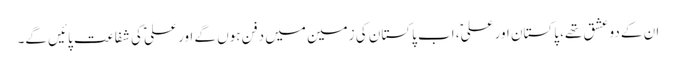
ان کے دو عشق تھے، پاکستان اور علیؑ، اب پاکستان کی زمین میں دفن ہوں گے اور علیؑ کی شفاعت پائیں گے۔